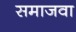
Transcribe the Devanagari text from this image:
समाजवा